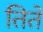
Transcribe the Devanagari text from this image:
तिते